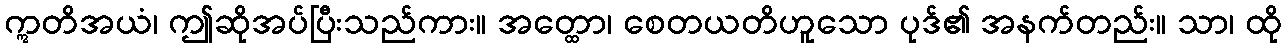
ဣတိအယံ၊ ဤဆိုအပ်ပြီးသည်ကား။ အတ္ထော၊ စေတယတိဟူသော ပုဒ်၏ အနက်တည်း။ သာ၊ ထို